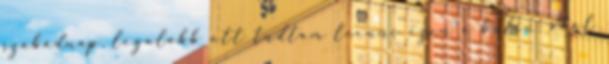
szabadnap, legalább ott tudtam leenni ezen a bulin, ahol